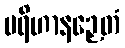
ပရိဟာနဉှေတံ